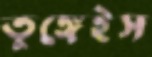
তুঙ্গেইস